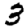
Digit: 3